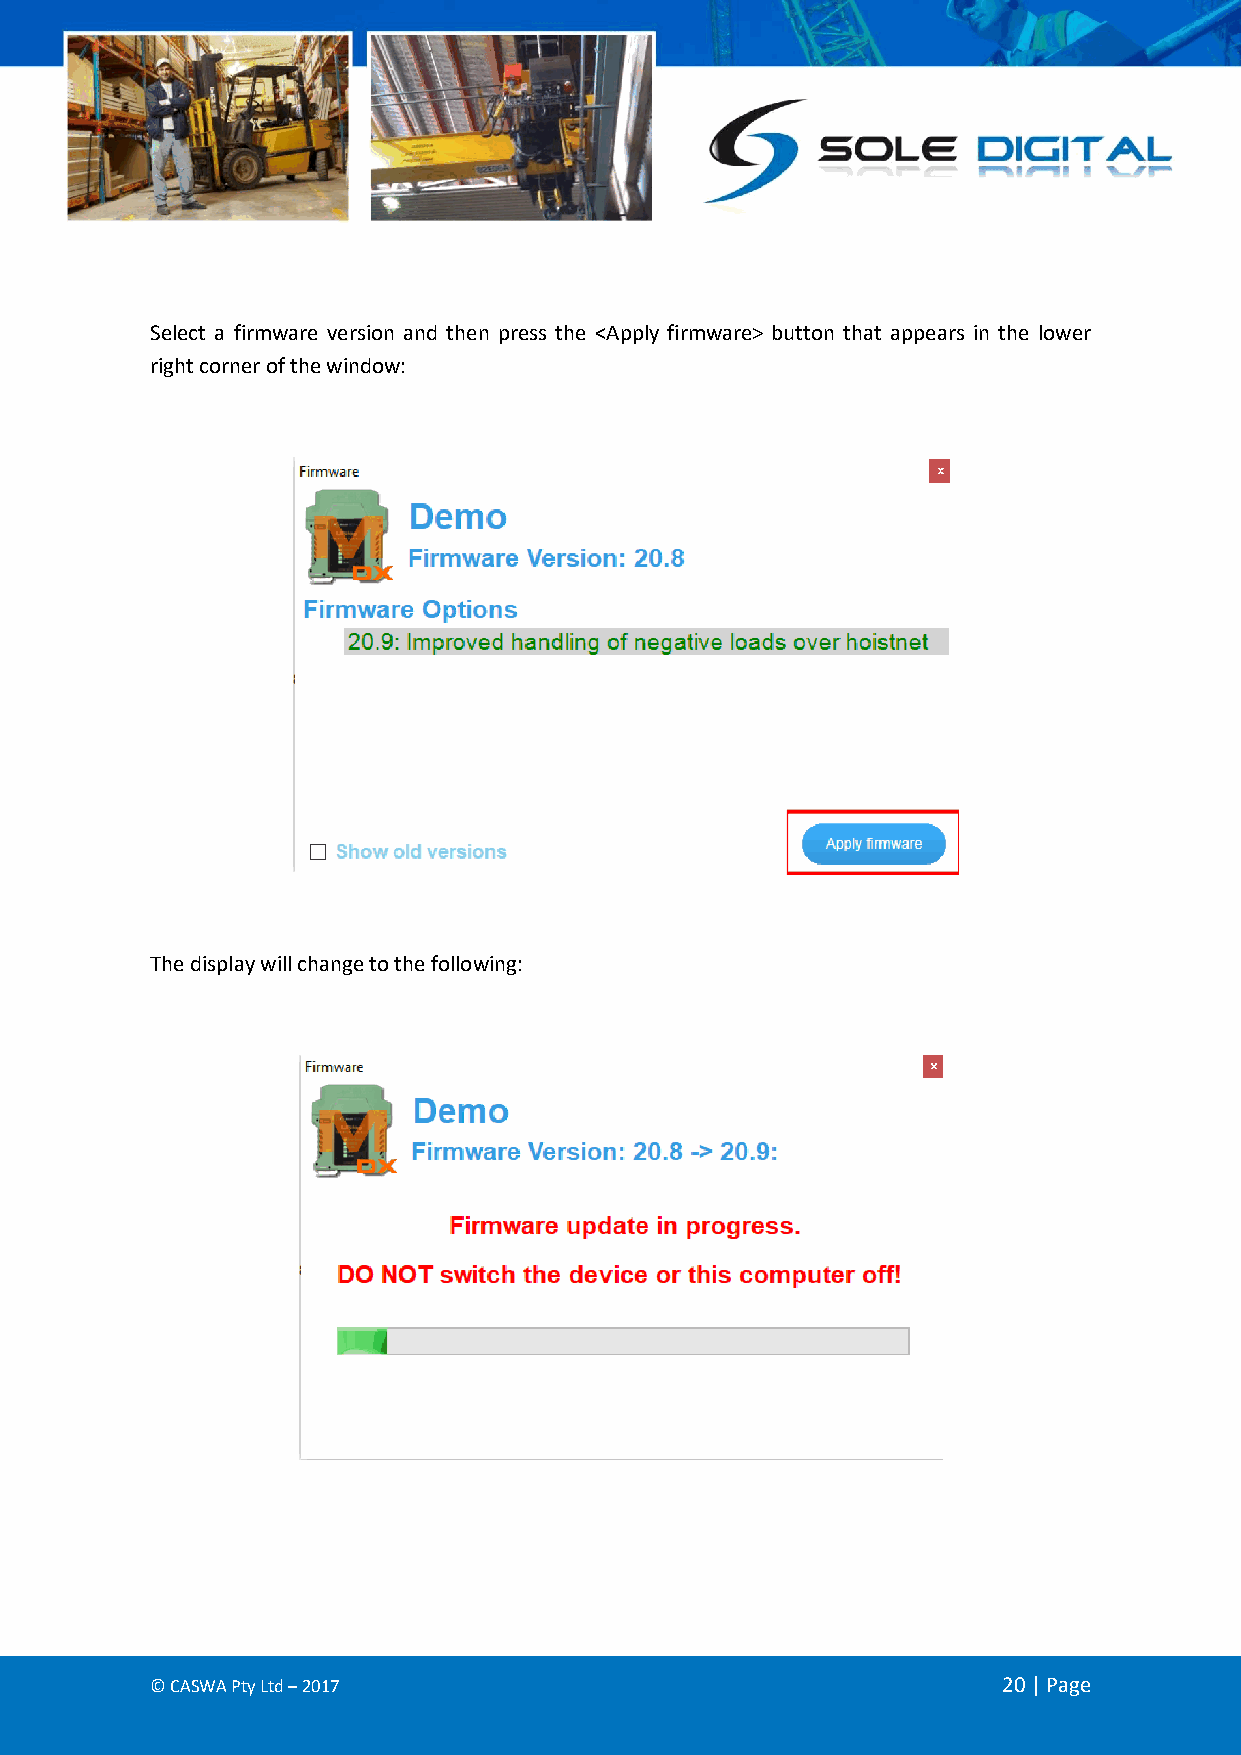
Select a firmware version and then press the <Apply firmware> button that appears in the lower
 right corner of the window:
 The display will change to the following:
 © CASWA Pty Ltd – 2017                                  20 | Page